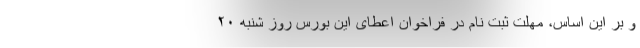
و بر این اساس، مهلت ثبت نام در فراخوان اعطای این بورس روز شنبه ۲۰